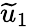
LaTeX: \widetilde{u}_{1}